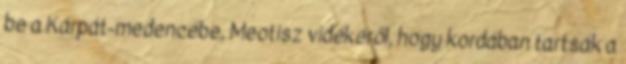
be a Kárpát-medencébe, Meotisz vidékéről, hogy kordában tartsák a